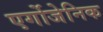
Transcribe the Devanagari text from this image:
एर्गोजेनिक